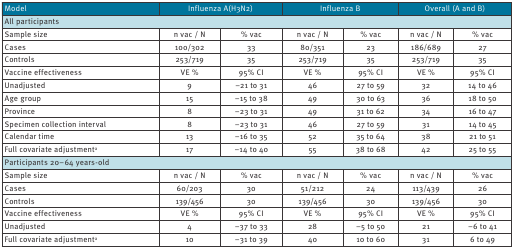
<table><thead><tr><td><b>Model</b></td><td colspan="2"><b>Influenza A(H3N2)</b></td><td colspan="2"><b>Influenza B</b></td><td colspan="2"><b>Overall (A and B)</b></td></tr></thead><tbody><tr><td colspan="7">All participants</td></tr><tr><td>Sample size</td><td>n vac / N</td><td>% vac</td><td>n vac / N</td><td>% vac</td><td>n vac / N</td><td>% vac</td></tr><tr><td>Cases</td><td>100/302</td><td>33</td><td>80/351</td><td>23</td><td>186/689</td><td>27</td></tr><tr><td>Controls</td><td>253/719</td><td>35</td><td>253/719</td><td>35</td><td>253/719</td><td>35</td></tr><tr><td>Vaccine effectiveness</td><td>VE %</td><td>95% CI</td><td>VE %</td><td>95% CI</td><td>VE %</td><td>95% CI</td></tr><tr><td>Unadjusted</td><td>9</td><td>−21 to 31</td><td>46</td><td>27 to 59</td><td>32</td><td>14 to 46</td></tr><tr><td>Age group</td><td>15</td><td>−15 to 38</td><td>49</td><td>30 to 63</td><td>36</td><td>18 to 50</td></tr><tr><td>Province</td><td>8</td><td>−23 to 31</td><td>49</td><td>31 to 62</td><td>34</td><td>16 to 47</td></tr><tr><td>Specimen collection interval</td><td>8</td><td>−23 to 31</td><td>46</td><td>27 to 59</td><td>31</td><td>14 to 45</td></tr><tr><td>Calendar time</td><td>13</td><td>−16 to 35</td><td>52</td><td>35 to 64</td><td>38</td><td>21 to 51</td></tr><tr><td>Full covariate adjustment<sup>a</sup></td><td>17</td><td>−14 to 40</td><td>55</td><td>38 to 68</td><td>42</td><td>25 to 55</td></tr><tr><td colspan="7">Participants 20–64 years-old</td></tr><tr><td>Sample size</td><td>n vac / N</td><td>% vac</td><td>n vac / N</td><td>% vac</td><td>n vac / N</td><td>% vac</td></tr><tr><td>Cases</td><td>60/203</td><td>30</td><td>51/212</td><td>24</td><td>113/439</td><td>26</td></tr><tr><td>Controls</td><td>139/456</td><td>30</td><td>139/456</td><td>30</td><td>139/456</td><td>30</td></tr><tr><td>Vaccine effectiveness</td><td>VE %</td><td>95% CI</td><td>VE %</td><td>95% CI</td><td>VE %</td><td>95% CI</td></tr><tr><td>Unadjusted</td><td>4</td><td>−37 to 33</td><td>28</td><td>−5 to 50</td><td>21</td><td>−6 to 41</td></tr><tr><td>Full covariate adjustment<sup>a</sup></td><td>10</td><td>−31 to 39</td><td>40</td><td>10 to 60</td><td>31</td><td>6 to 49</td></tr></tbody></table>